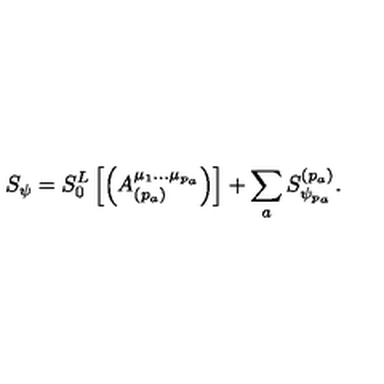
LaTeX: S _ { \psi } = S _ { 0 } ^ { L } \left[ \left( A _ { ( p _ { a } ) } ^ { \mu _ { 1 } \ldots \mu _ { p _ { a } } } \right) \right] + \sum _ { a } S _ { \psi _ { p _ { a } } } ^ { ( p _ { a } ) } .